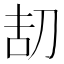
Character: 𠛽